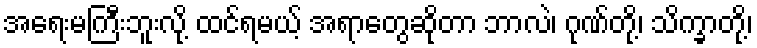
အရေးမကြီးဘူးလို့ ထင်ရမယ့် အရာတွေဆိုတာ ဘာလဲ၊ ဂုဏ်တို့၊ သိက္ခာတို့၊